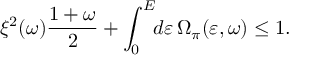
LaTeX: \xi ^ { 2 } ( \omega ) \frac { 1 + \omega } { 2 } + \int _ { 0 } ^ { \cal E } \! \! d \varepsilon \, \Omega _ { \pi } ( \varepsilon , \omega ) \leq 1 .